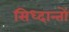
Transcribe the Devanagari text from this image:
सिध्दान्तों